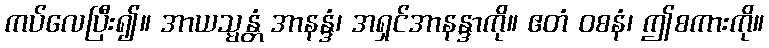
ကပ်လေပြီး၍။ အာယသ္မန္တံ အာနန္ဒံ၊ အရှင်အာနန္ဒာကို။ ဧတံ ဝစနံ၊ ဤစကားကို။